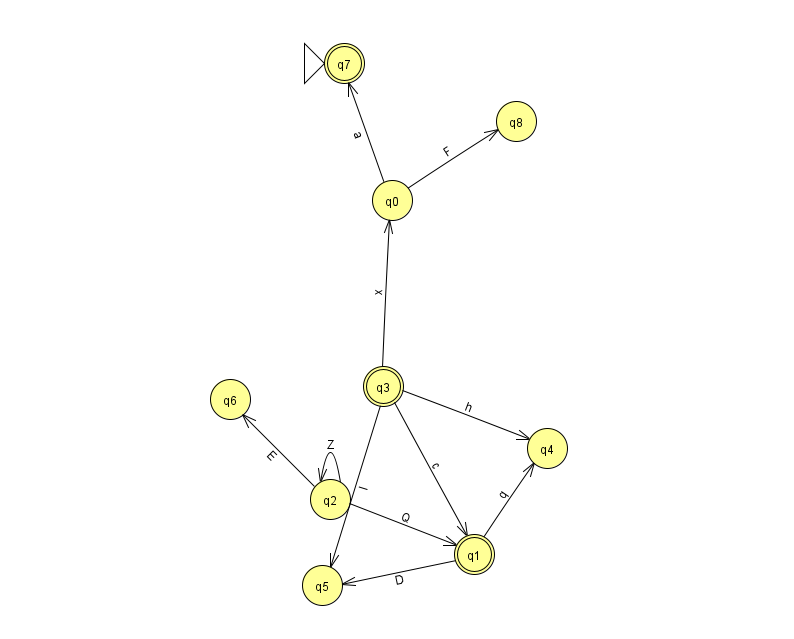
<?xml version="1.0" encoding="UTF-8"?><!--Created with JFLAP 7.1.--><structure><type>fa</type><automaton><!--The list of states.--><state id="0" name="q0"><x>392.0</x><y>187.0</y></state><state id="1" name="q1"><x>474.0</x><y>541.0</y><final/></state><state id="2" name="q2"><x>330.0</x><y>486.0</y></state><state id="3" name="q3"><x>383.0</x><y>373.0</y><final/></state><state id="4" name="q4"><x>547.0</x><y>435.0</y></state><state id="5" name="q5"><x>322.0</x><y>572.0</y></state><state id="6" name="q6"><x>230.0</x><y>386.0</y></state><state id="7" name="q7"><x>344.0</x><y>50.0</y><initial/><final/></state><state id="8" name="q8"><x>516.0</x><y>108.0</y></state><!--The list of transitions.--><transition><from>0</from><to>8</to><read>F</read></transition><transition><from>2</from><to>1</to><read>Q</read></transition><transition><from>3</from><to>1</to><read>c</read></transition><transition><from>0</from><to>7</to><read>a</read></transition><transition><from>2</from><to>2</to><read>Z</read></transition><transition><from>2</from><to>6</to><read>E</read></transition><transition><from>3</from><to>5</to><read>l</read></transition><transition><from>1</from><to>4</to><read>q</read></transition><transition><from>1</from><to>5</to><read>D</read></transition><transition><from>3</from><to>0</to><read>x</read></transition><transition><from>3</from><to>4</to><read>h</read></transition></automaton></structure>